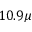
1 0 . 9 \mu